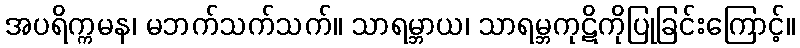
အပရိက္ကမန၊ မဘက်သက်သက်။ သာရမ္ဘာယ၊ သာရမ္ဘကုဋိကိုပြုခြင်းကြောင့်။